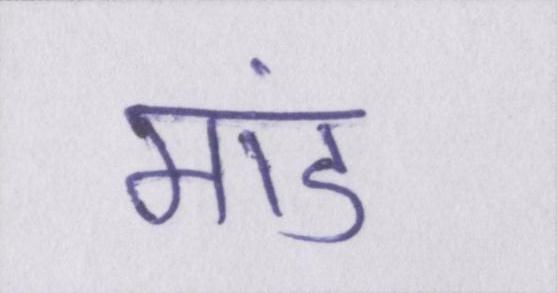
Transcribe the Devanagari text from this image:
मांड